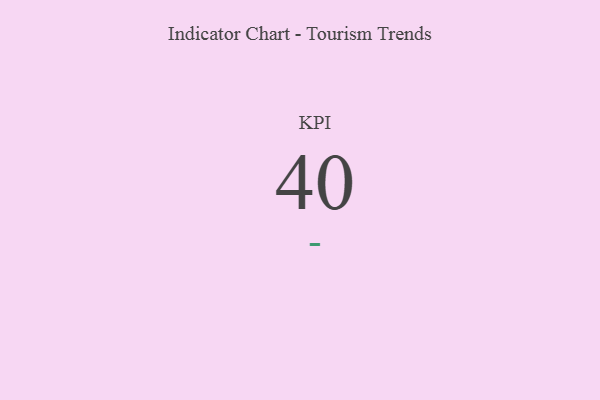
{"axis": {"x": "KPI", "y": "Value"}, "legend": [""], "data": [{"x": "KPI", "y": 40, "type": ""}]}